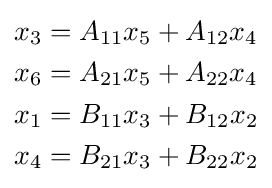
{\begin{aligned}x_{3}&=A_{11}x_{5}+A_{12}x_{4}\\x_{6}&=A_{21}x_{5}+A_{22}x_{4}\\x_{1}&=B_{11}x_{3}+B_{12}x_{2}\\x_{4}&=B_{21}x_{3}+B_{22}x_{2}\end{aligned}}